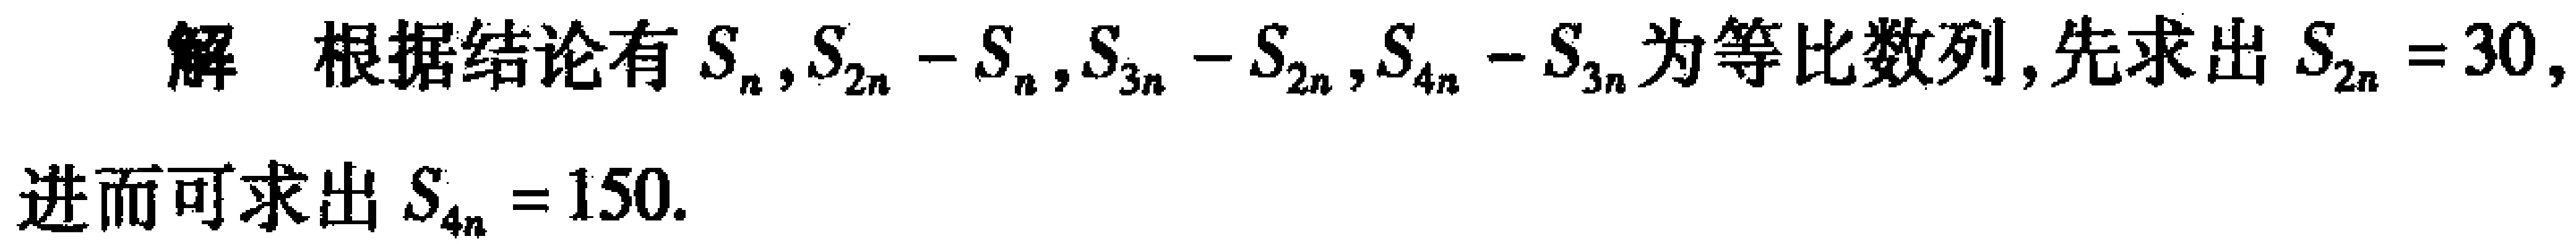
解 根据结论有 \(S_{n},S_{2n}-S_{n},S_{3n}-S_{2n},S_{4n}-S_{3n}\)为等比数列, 先求出 \(S_{2n}=30\), 进而可求出 \(S_{4n}=150\).